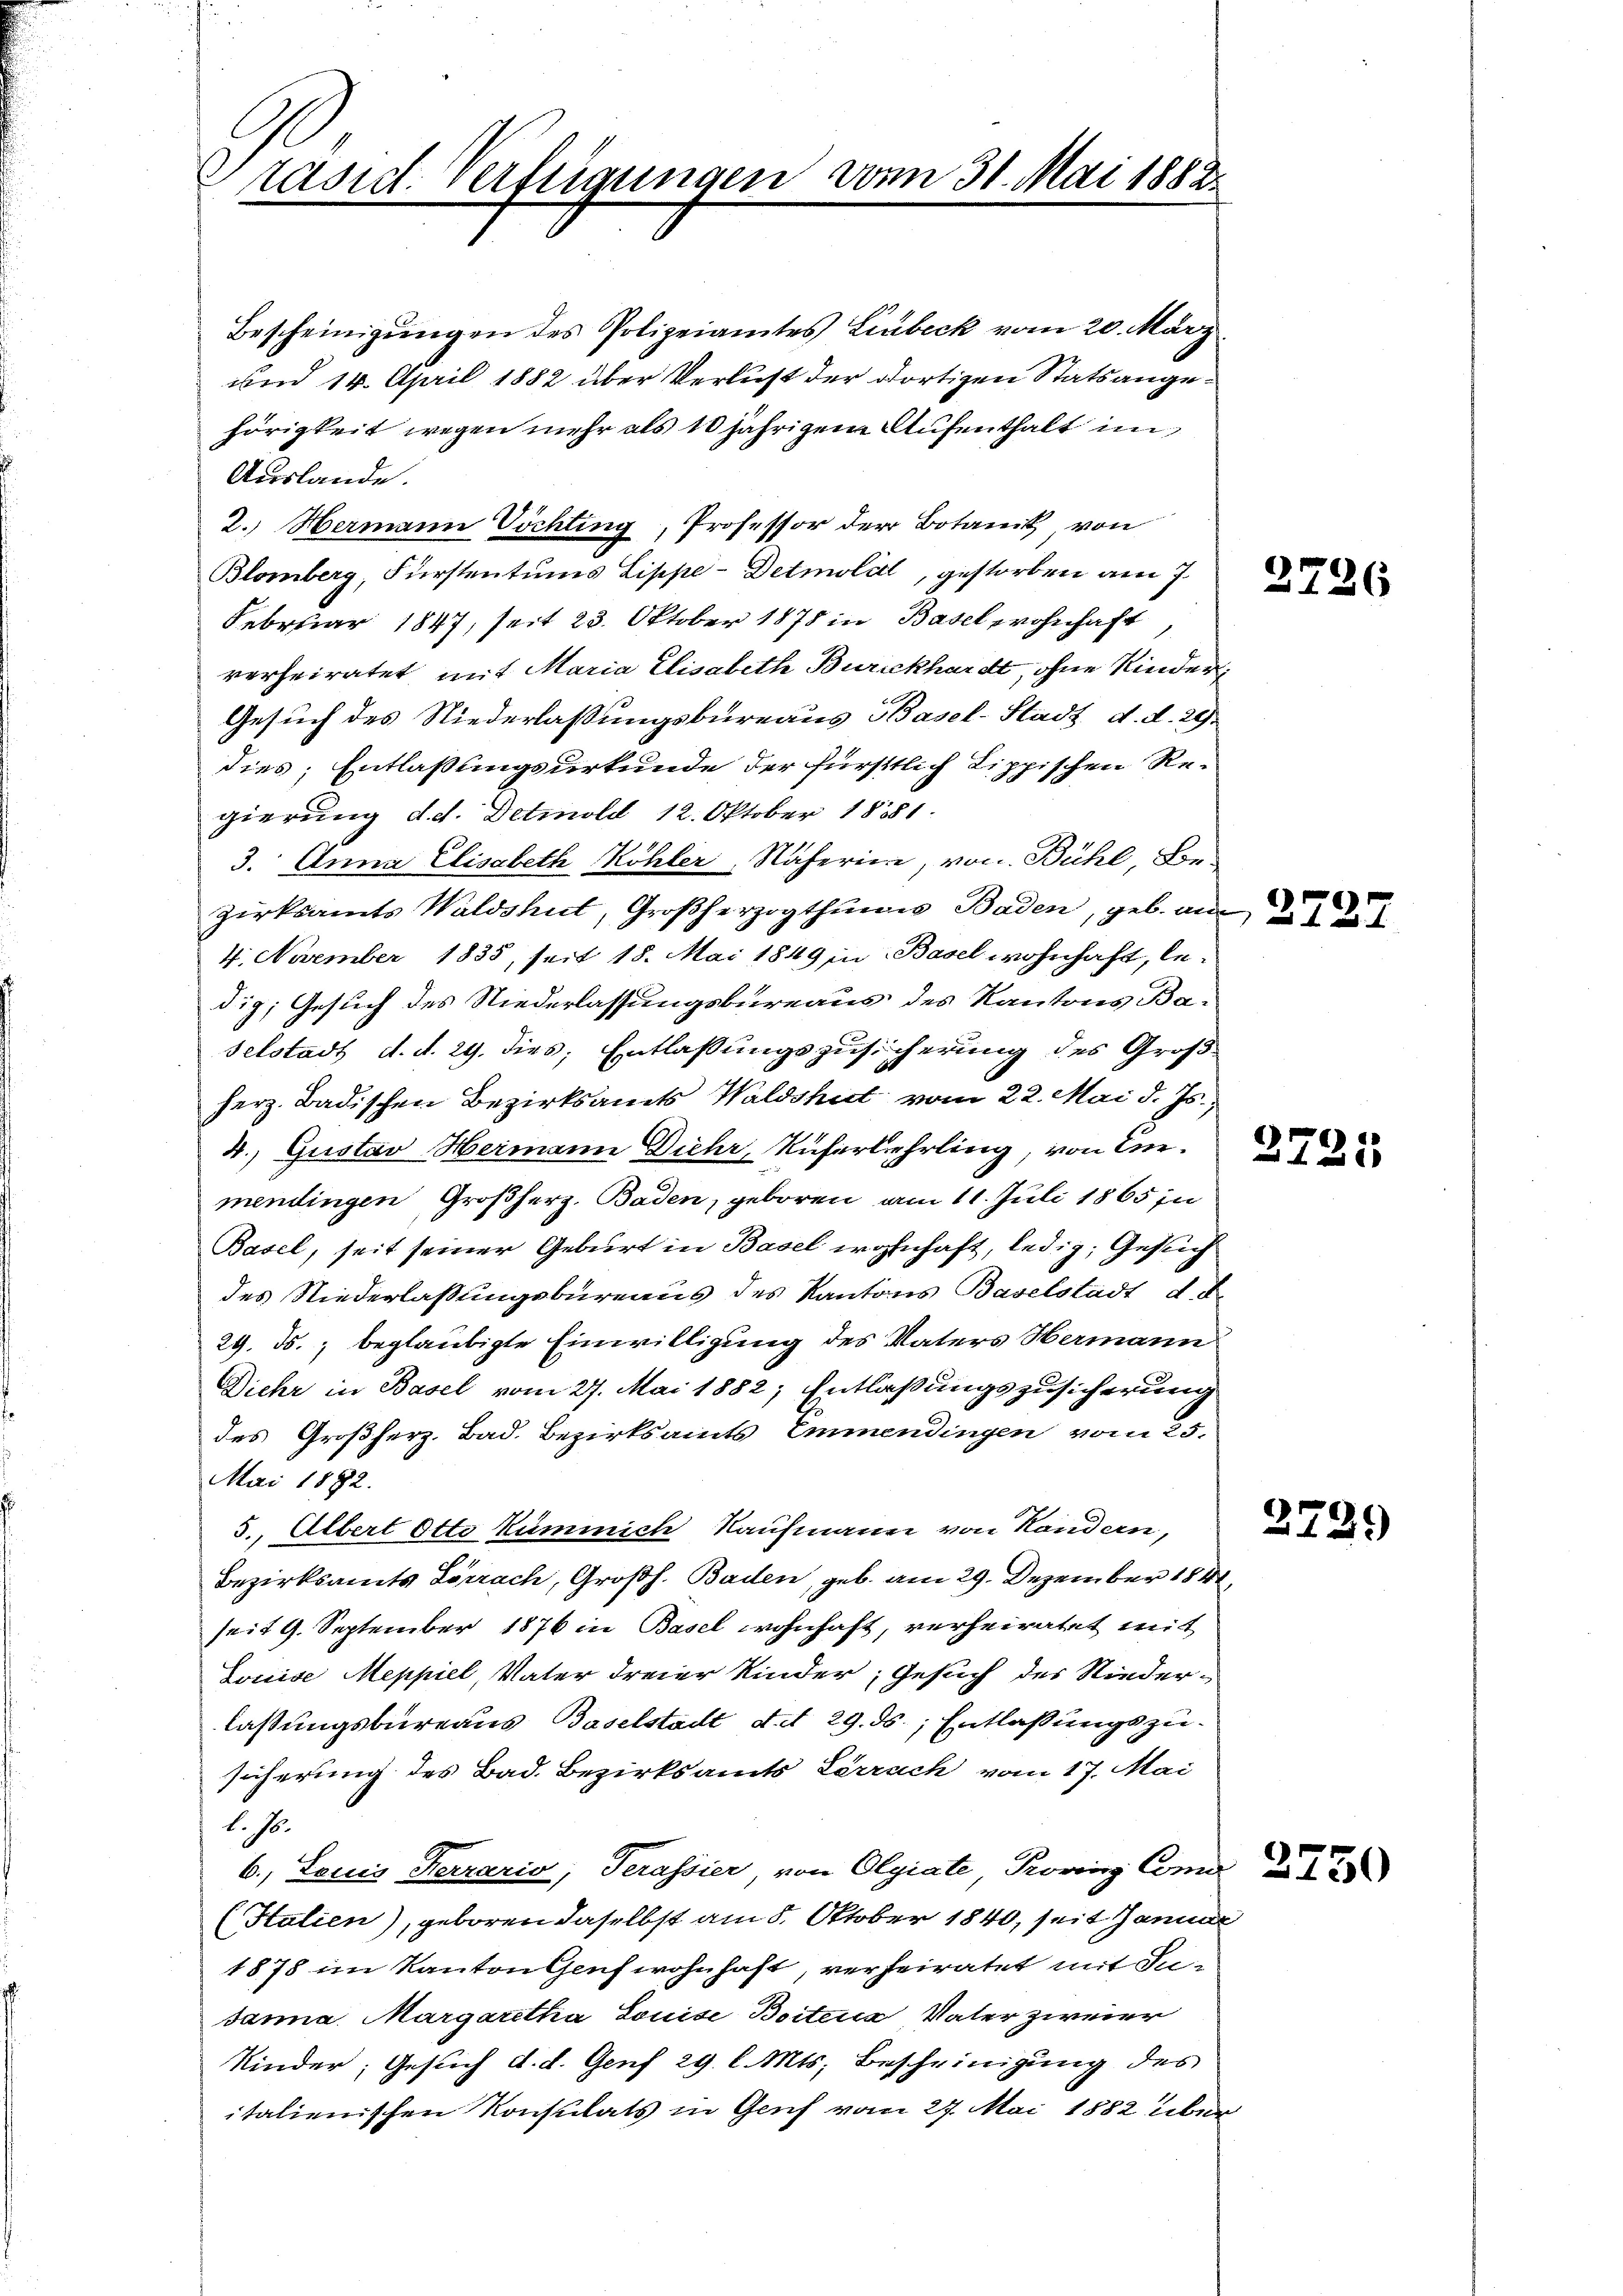
Präsid. Verfeigungen vom 31. Mai 1882

Bescheinigungen des Polizeiamtes Limbeck vom 20. März
und 14. April 1882 über Verlust der dortigen Stats angehörigkeit wegen mehr als 10 jährigem Aufenthalt im
Auslande.
2. Hermann Vöchting, Professor der Botanik, von
Blomberg, Fürstentums Lippe-Detmold, gestorben am 7.
Februar 1847, seit 23. Oktober 1878 in Basel wohnhaft
verheiratet, mit Maria Elisabeth Burckhardt, ohne Kinder¬
Gesuch des Niederlassungsbureaus Basel-Stadt d. d. 29.
dies; Entlaßungsurkunde der fürstlich Lippischen Re-
gierung d. d. Detmold 12. Oktober 1881.
3. Anna Elisabeth Köhler, Näherin, von Bühl, Bonzirksamts Waldshut, Großherzogthum Baden, geb. an di
4. November 1835, seit 18. Mai 1849 in Basel wohnhaft, ledig; Gesuch des Niederlassungsbureaus des Kantons Ba-
selstadt d. d. 29. dies; Entlaßungszusicherung des Groß
herz. Badischen Bezirksamts Waldshut vom 22. Mai d. Js.,
4. Gustav Hermann Diehr, Ruferlehrling, von Einmendingen Großherz. Baden, geboren am 11. Juli 1865 in
Basel, seit seiner Geburt in Basel wohnhaft, ledig, Gesuch
des Niederlaßungsbureaus des Kantons Baselstadt d. d.
29. Js., beglaubigte Einwilligung des Vaters Hermann
Diehr in Basel vom 27. Mai 1882; Entlaßungszusicherung
des Großherz. Bad. Bezirksamts Emmendingen vom 25.
Mai 1892.
5., Albert Otto kummich Kaufmann von Handern,
Bezirksamts Lörrach, Großh. Baden, geb. am 29. Dezember 1848
seit 9. September 1876 in Basel wohnhaft, verheiratet mit
Louise Meppiel, Vater dreier Kinder, Gesuch der Niederlassungsbureaus Baselstadt d. d. 29. ds., Entlaßungszusicherung des Bad. Bezirksamts Lörrach vom 17. Mai
l. Js.
6. Louis Ferrario, Terassier, von Olgiate Provinz Como 25
(Htalien), geboren daselbst am 8. Oktober 1840, seit Januar
1878 im Kanton Genf wohnhaft, verheiratet mit Susanna Margaretha Louise Boitens Vater zweier
Kinder, Gesuch d. d. Genf 29 l. Mts. Bescheinigung des
italienischen Konsulats in Genf vom 27. Mai 1882 über

2726

37.

d

2729